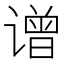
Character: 𬤤